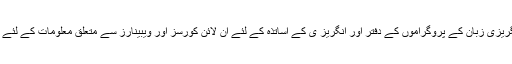
امریکی محکمہ خارجہ کے انگریزی زبان کے پروگراموں کے دفتر اور انگریز ی کے اساتذہ کے لئے آن لائن کورسز اور ویبینارز سے متعلق معلومات کے لئے درج ذیل لنک ملاحظہ کیجئے۔